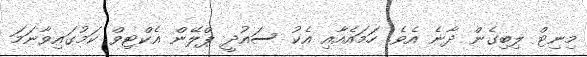
މިނިޓް ލިބިގެން ދާނެ އެވެ. ހަމައެއާއި އެކު ސައުދީ ޕްލޭން އެކްޓިވް ކަމުގައިވާނަމަ